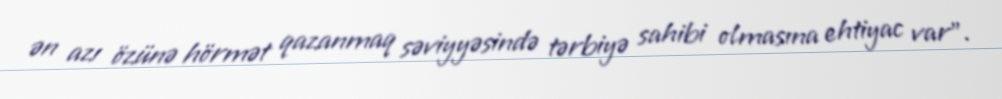
ən azı özünə hörmət qazanmaq səviyyəsində tərbiyə sahibi olmasına ehtiyac var".